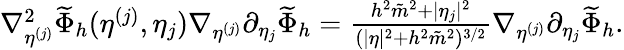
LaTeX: \begin{array}{r}{\nabla_{\eta^{(j)}}^{2}\widetilde{\Phi}_{h}(\eta^{(j)},\eta_{j})\nabla_{\eta^{(j)}}\partial_{\eta_{j}}\widetilde{\Phi}_{h}=\frac{h^{2}\tilde{m}^{2}+|\eta_{j}|^{2}}{(\lvert\eta\rvert^{2}+h^{2}\tilde{m}^{2})^{3/2}}\nabla_{\eta^{(j)}}\partial_{\eta_{j}}\widetilde{\Phi}_{h}.}\end{array}